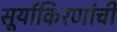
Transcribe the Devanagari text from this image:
सूर्याकिरणांची